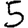
Digit: 5